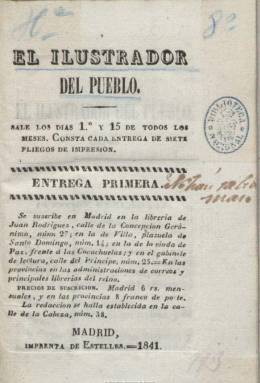
Título: El Ilustrador del pueblo
Colección: Revistas de información general
Ámbito geográfico: Madrid
Lugar de publicación: Madrid
Fechas: 01/01/1841-31/12/1841

Publicación que en su época fue calificada como “periódico literario”, pero que es más una revista política de carácter doctrinario sobre economía, crítica, artes y ciencias, cuyo autor difunde y propone un régimen político basado en los principios del incipiente socialismo republicano laico, abierto a todas las clases y tanto a hombres como mujeres, que superara no sólo el tradicionalismo y conservadurismo carlista sino el moderantismo y confesionalismo del régimen liberal cristino. Su primera entrega aparece el 15 de septiembre de 1841, compuesta en siete pliegos en 8º y a una columna, de XV + 64 páginas. Su intención era tener una periodicidad quincenal, con suscripciones en Madrid y provincias, pero se desconoce si publicó alguna otra más. La colección también incluye el prospecto. Hartzenbusch señala un total de 96 páginas. Fue impreso en la oficina madrileña de Estellés, en la que había sido estampado unos meses antes un libro del mismo carácter social y revolucionario, titulado Proyecto de una república civil, bajo el seudónimo del subdiácono Bruno Aceituno de Sopetrán.